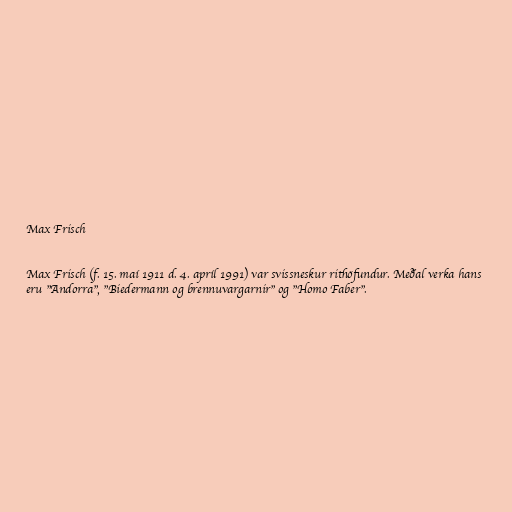
Max Frisch

Max Frisch (f. 15. maí 1911 d. 4. apríl 1991) var svissneskur rithöfundur. Meðal verka hans
eru "Andorra", "Biedermann og brennuvargarnir" og "Homo Faber".